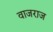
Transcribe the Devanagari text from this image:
वाजराज